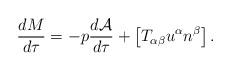
LaTeX: \begin{align*}\frac{dM}{d\tau} = - p \frac{d{\cal A}}{d\tau} +\left[ T_{\alpha \beta} u^\alpha n^\beta \right] .\end{align*}